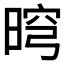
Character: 𣇬